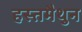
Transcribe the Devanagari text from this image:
हस्‍तमैथुन